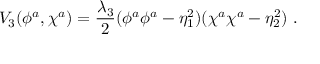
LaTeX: V _ { 3 } ( \phi ^ { a } , \chi ^ { a } ) = \frac { \lambda _ { 3 } } 2 ( \phi ^ { a } \phi ^ { a } - \eta _ { 1 } ^ { 2 } ) ( \chi ^ { a } \chi ^ { a } - \eta _ { 2 } ^ { 2 } ) \ .